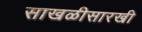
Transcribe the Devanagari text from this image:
साखळीसारखी